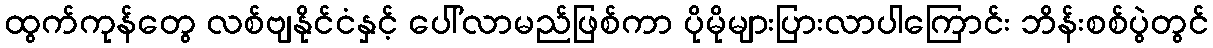
ထွက်ကုန်တွေ လစ်ဗျနိုင်ငံနှင့် ပေါ်လာမည်ဖြစ်ကာ ပိုမိုများပြားလာပါကြောင်း ဘိန်းစစ်ပွဲတွင်